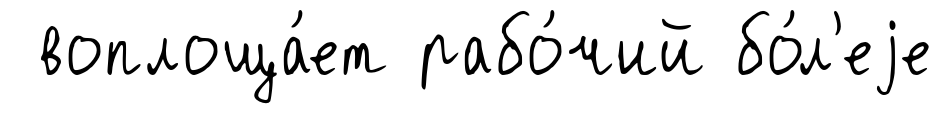
воплоща́ет рабо́чий бо́л'еjе